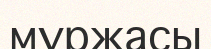
мұржасы